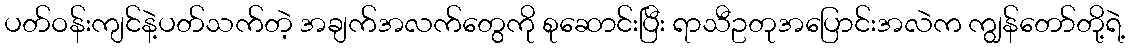
ပတ်ဝန်းကျင်နဲ့ပတ်သက်တဲ့ အချက်အလက်တွေကို စုဆောင်းပြီး ရာသီဥတုအပြောင်းအလဲက ကျွန်တော်တို့ရဲ့